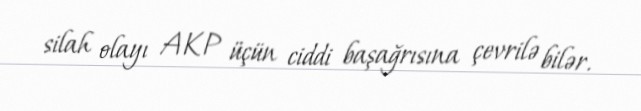
silah olayı AKP üçün ciddi başağrısına çevrilə bilər.